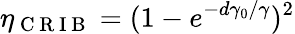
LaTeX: \eta_{\mathrm{~C~R~I~B~}}=(1-e^{-d\gamma_{0}/\gamma})^{2}